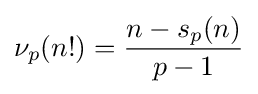
\nu _{p}(n!)={\frac {n-s_{p}(n)}{p-1}}